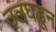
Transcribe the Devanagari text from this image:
उलघडून